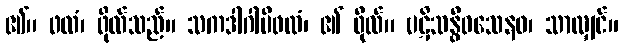
၏။ ဖလံ၊ ဖိုလ်သည်။ သကဒါဂါမိဖလံ၊ ၏ ဖိုလ်။ ပဋိသန္ဓိဝသေနဝ၊ သာလျှင်။